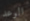
الوعد